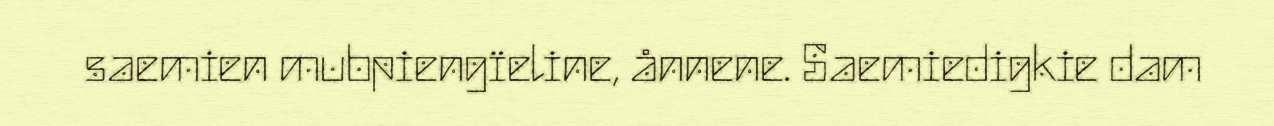
saemien mubpiengïeline, ånnene. Saemiedigkie dam